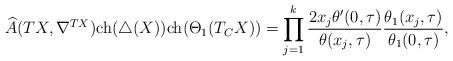
LaTeX: \begin{align*}{\widehat{A}(TX,\nabla^{TX})}{\rm ch}(\triangle(X)){\rm ch}(\Theta_1(T_{C}X))=\prod_{j=1}^{k}\frac{2 x_j\theta'(0,\tau)}{\theta(x_j,\tau)}\frac{\theta_1(x_j,\tau)}{\theta_1(0,\tau)},\end{align*}